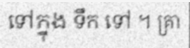
ទៅក្នុង ទឹក ទៅ ។ គ្រា